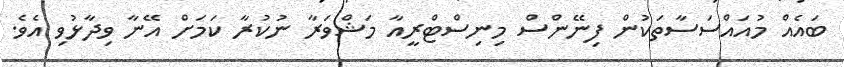
ބައެއް މުއައްސަސާތަކުން ފިނޭންސް މިނިސްޓްރީއާ މަޝްވަރާ ނުކުރާ ކަމަށް އޭނާ ވިދާޅުވި އެވެ.